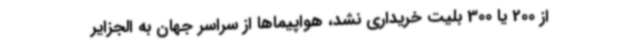
از 200 یا 300 بلیت خریداری نشد، هواپیماها از سراسر جهان به الجزایر